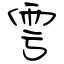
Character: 雩